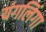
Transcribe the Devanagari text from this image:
यंगलिंगा